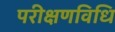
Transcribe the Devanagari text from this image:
परीक्षणविधि